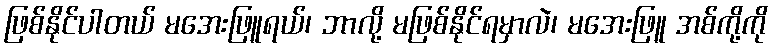
ဖြစ်နိုင်ပါတယ် မအေးဖြူရယ်၊ ဘာလို့ မဖြစ်နိုင်ရမှာလဲ၊ မအေးဖြူ အစ်ကို့ကို